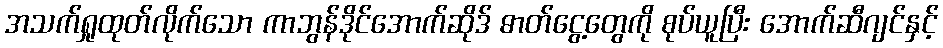
အသက်ရှုထုတ်လိုက်သော ကာဘွန်ဒိုင်အောက်ဆိုဒ် ဓာတ်ငွေ့တွေကို စုပ်ယူပြီး အောက်ဆီဂျင်နှင့်